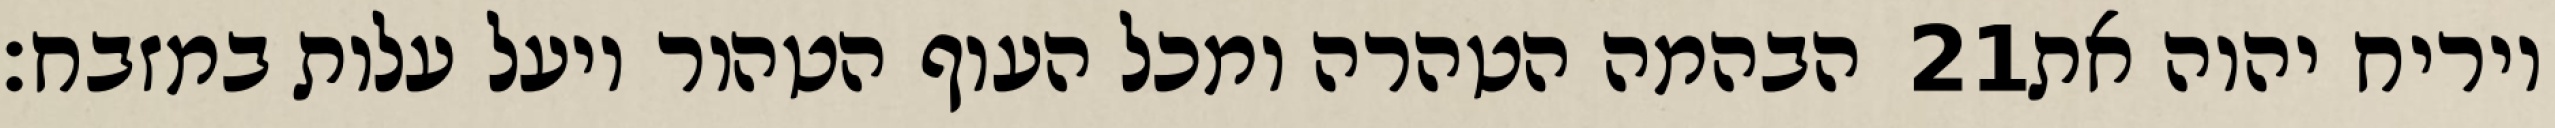
הבהמה הטהרה ומכל העוף הטהור ויעל עלות במזבח׃ ‎21‏ ויריח יהוה את